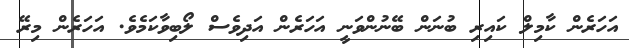
އަހަރެން ކާމިލް ކައިރި ބުނަން ބޭނުންވަނީ އަހަރެން އަދިވެސް ލޯބިވާކަމެވެ. އަހަރެން މިރޭ